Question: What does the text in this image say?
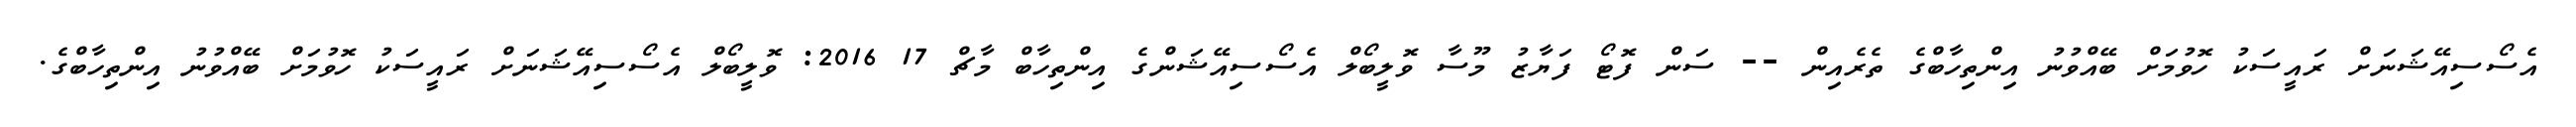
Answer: އެސޯސިއޭޝަނަށް ރައީސަކު ހޮވުމަށް ބޭއްވުނު އިންތިހާބްގެ ތެރެއިން -- ސަން ފޮޓޯ ފަޔާޒު މޫސާ ވޮލީބޯލް އެސޯސިއޭޝަންގެ އިންތިހާބް މާޗް 17 2016: ވޮލީބޯލް އެސޯސިއޭޝަނަށް ރައީސަކު ހޮވުމަށް ބޭއްވުނު އިންތިހާބްގެ.